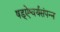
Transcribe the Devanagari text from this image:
षड्ऐश्वर्यसंपन्न